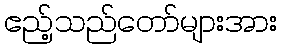
ဧည့်သည်တော်များအား